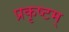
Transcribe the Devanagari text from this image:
प्रकृष्टम्